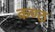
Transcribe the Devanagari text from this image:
कण्‍ठ